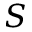
S